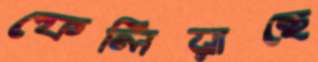
ফেলিয়াছে